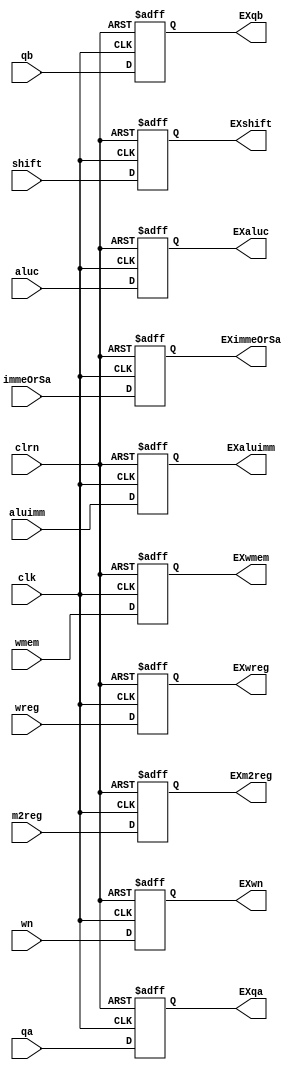
`timescale 1ns / 1ps
//////////////////////////////////////////////////////////////////////////////////
// Company: 
// Engineer: 
// 
// Design Name: 
// Module Name:    ID_EX_reg 
// Project Name: 
// Target Devices: 
// Tool versions: 
// Description: 
//
// Dependencies: 
//
// Revision: 
// Revision 0.01 - File Created
// Additional Comments: 
//
//////////////////////////////////////////////////////////////////////////////////
module ID_EX_reg(wreg,m2reg,wmem,aluc,shift,aluimm,wn,qa,qb,immeOrSa,clk,clrn,
						EXwreg,EXm2reg,EXwmem,EXaluc,EXshift,EXaluimm,EXwn,EXqa,EXqb,EXimmeOrSa
    );
	 input wreg,m2reg,wmem,shift,aluimm;
	 input [3:0] aluc;
	 input [4:0] wn;
	 input [31:0] qa,qb;
	 input [31:0] immeOrSa;
	 input clk,clrn;
	 
	 output EXwreg,EXm2reg,EXwmem,EXshift,EXaluimm;
	 output [3:0] EXaluc;
	 output [4:0] EXwn;
	 output [31:0] EXqa,EXqb;
	 output [31:0] EXimmeOrSa;
	 
	 reg EXwreg,EXm2reg,EXwmem,EXshift,EXaluimm;
	 reg [3:0] EXaluc;
	 reg [4:0] EXwn;
	 reg [31:0] EXqa,EXqb;
	 reg [31:0] EXimmeOrSa;
	 
	 always @(negedge clrn or posedge clk)
		if(clrn == 0)
			begin
				EXwreg <= 0;
				EXm2reg <= 0;
				EXwmem <= 0;
				EXshift <= 0;
				EXaluimm <= 0;
				EXaluc <= 0;
				EXwn <= 0;
				EXqa <= 0;
				EXqb <= 0;
				EXimmeOrSa <= 0;
			end
		else
			begin
				EXwreg <= wreg;
				EXm2reg <= m2reg;
				EXwmem <= wmem;
				EXshift <= shift;
				EXaluimm <= aluimm;
				EXaluc <= aluc;
				EXwn <= wn;
				EXqa <= qa;
				EXqb <= qb;
				EXimmeOrSa <= immeOrSa;
			end
			
			initial
				begin
				EXwreg = 0;
				EXm2reg = 0;
				EXwmem = 0;
				EXshift = 0;
				EXaluimm = 0;
				EXaluc = 0;
				EXwn = 0;
				EXqa = 0;
				EXqb = 0;
				EXimmeOrSa = 0;
				end
endmodule